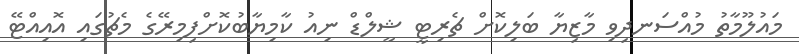
މައުލޫމާތު މުއްސަނދިވި މާޒިޔާ ބަލިކޮށް ޗެރިޓީ ޝީލްޑް ނިއު ކާމިޔާބުކޮށްފިމިރޭގެ މެޗުގައި އޮއިއްޓޭ